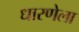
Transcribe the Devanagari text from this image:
धारणेला